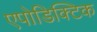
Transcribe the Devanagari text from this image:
एपोडिक्टिक